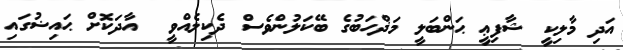
އަދި މާލިކީ ޝާފިޢީ ޙަންބަލީ މަޛްހަބުގެ ބޭކަލުންވެސް ދެކިލެއްވީ  އާދަކޮށް ޙައިޟުގައި